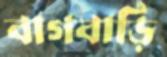
বাগবাড়ি